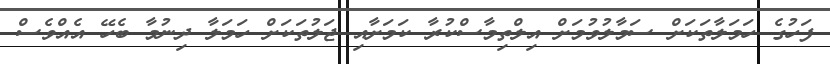
ފަހުގެ ހަމަލާތަކަށް ސަމާލުވުމަށް އިލްތިމާސްކުރާ ކަމަށާއި ޖަލުތަކަށް ހަމަލާ ދިނުމާ ބެހޭ އެއްވެސް